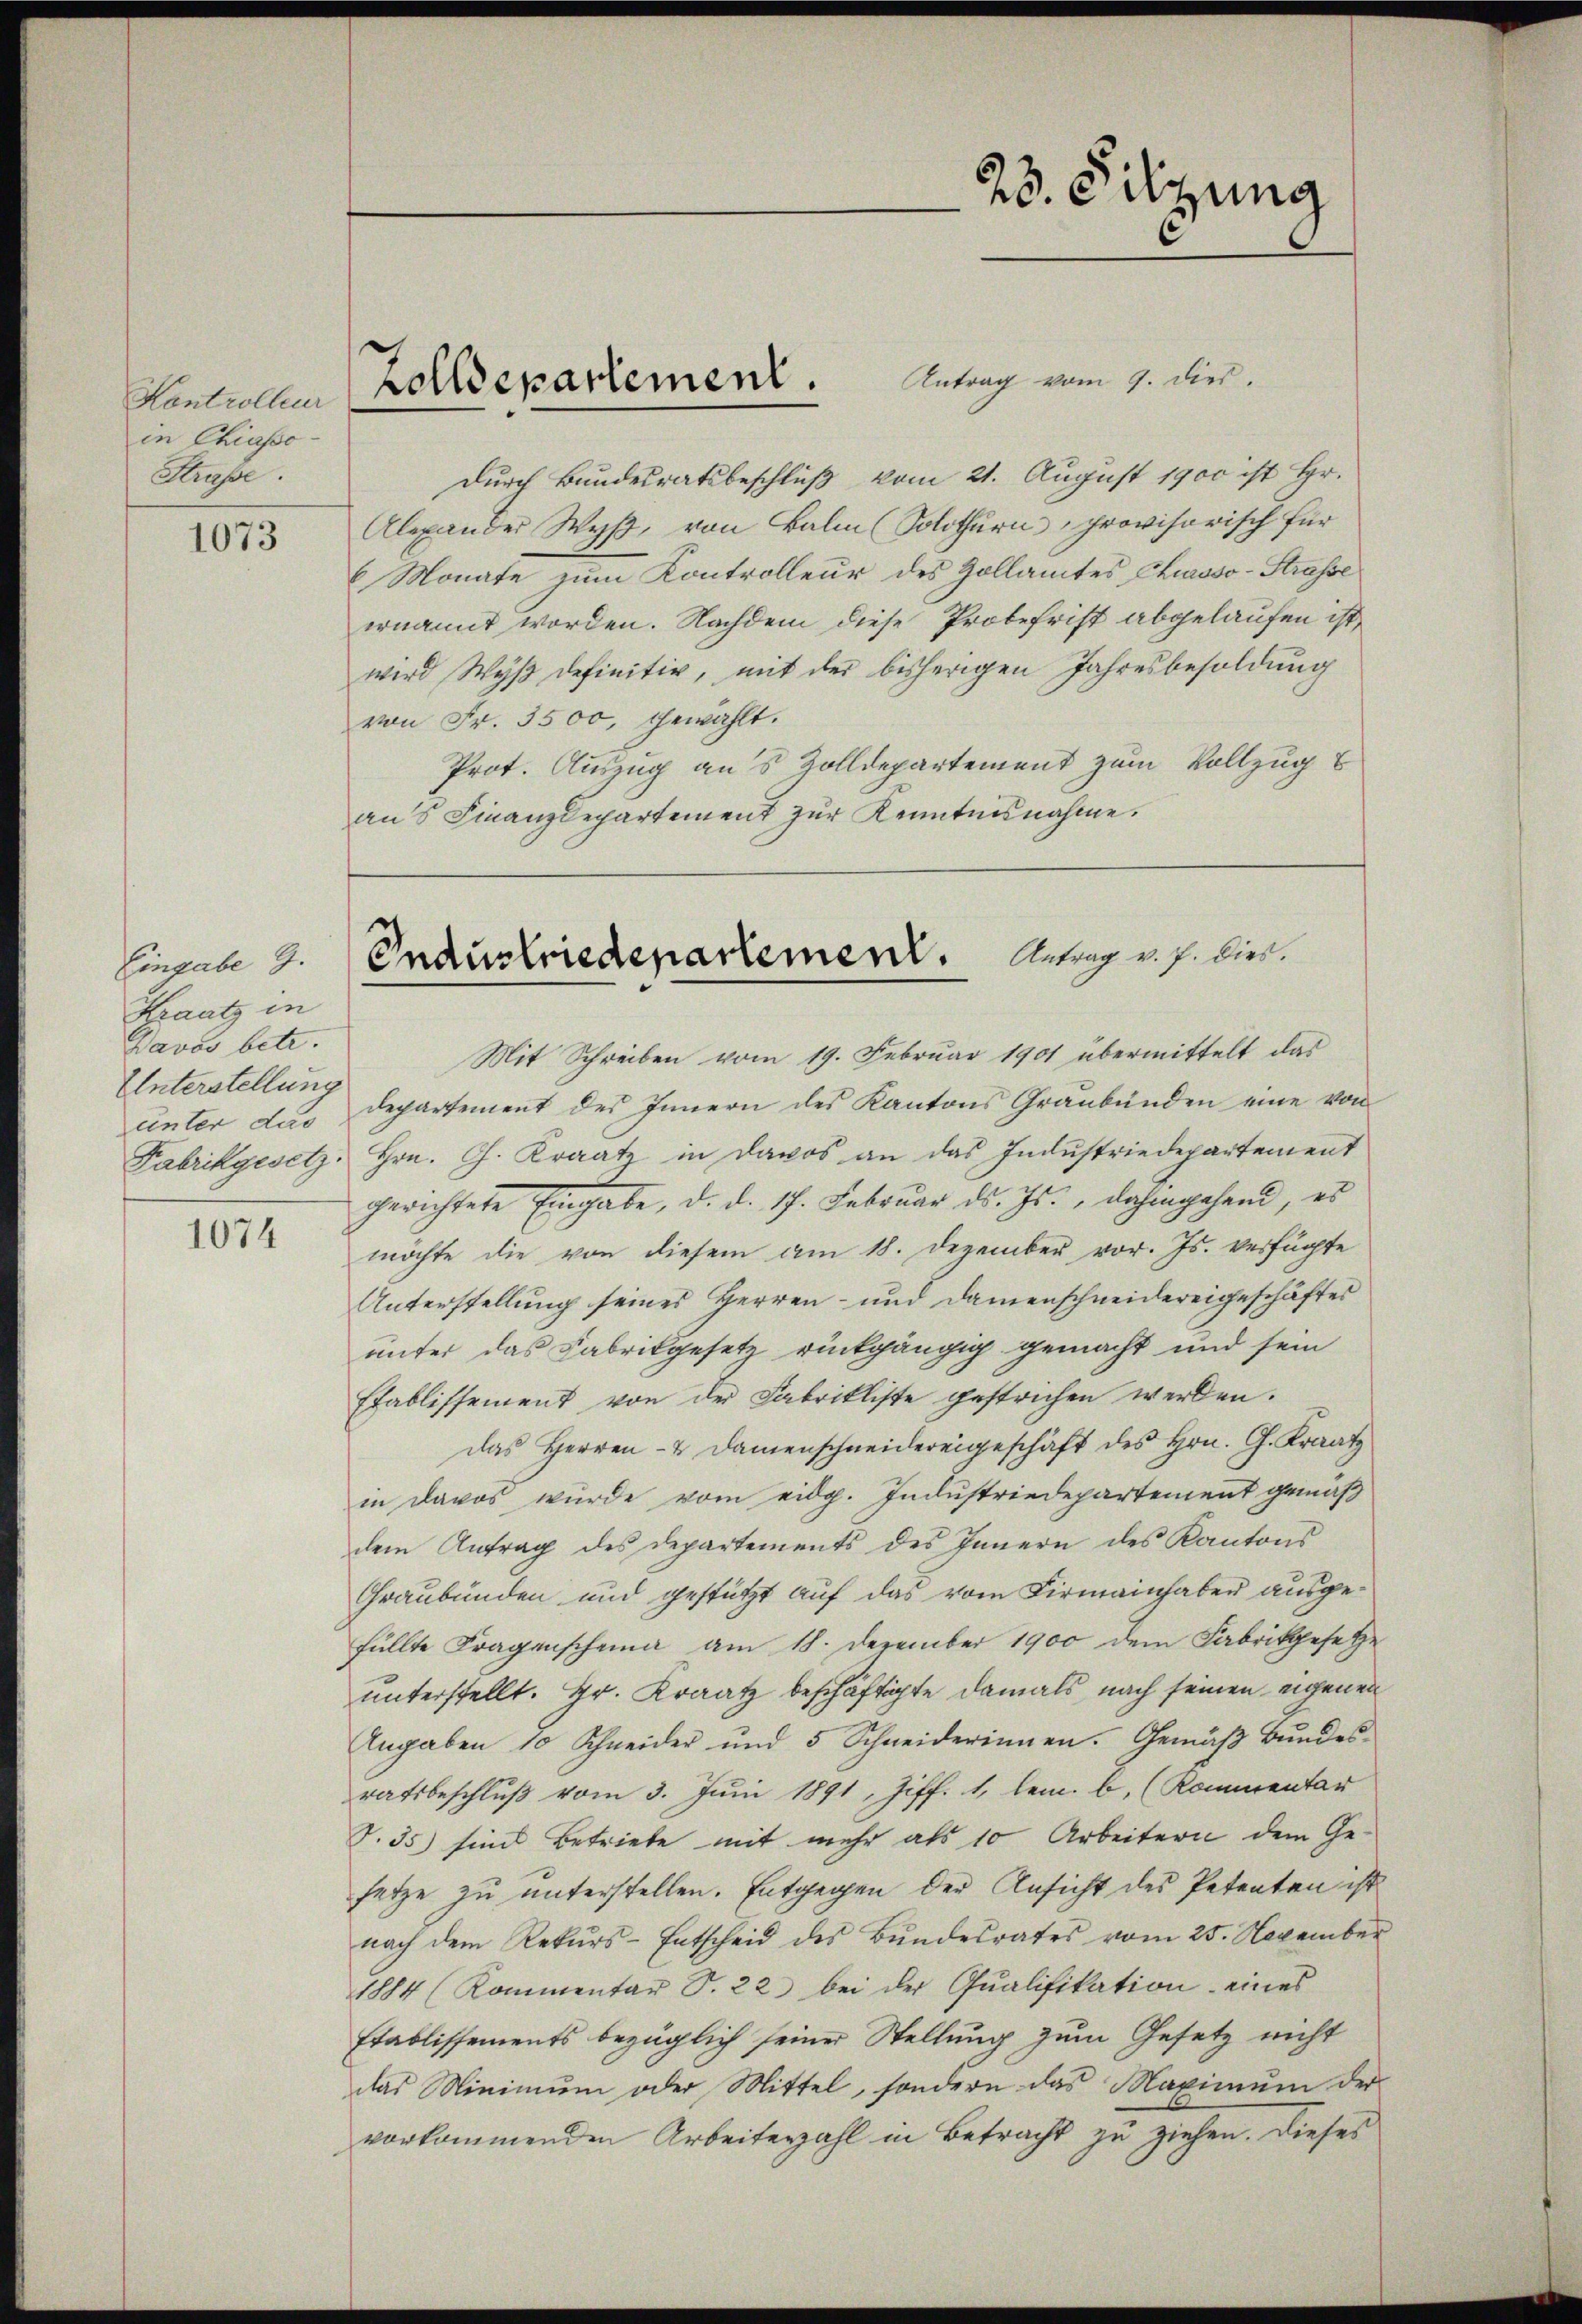
Kontrolleur
in Chiasso
Straße.

1073

Eingabe G.
Kraatz in
Davos betr.
Unterstellung
unter das

1074

durch Bundesratsbeschluß vom 21. August 1900 ist Hr.
Alexander Wyß, von Balm (Solothurn, provisorisch für
6 Monate zum Kontrolleur des Zollamtes Chusso-Strasse
ernannt worden. Nachdem diese Probefrist abgelaufen ist,
wird Wyß definitiv, mit der bisherigen Jahresbesoldung
von Fr. 3500, gewählt.
Prot. Auszug aus Zolldepartement zum Vollzug
ans Finanzdepartement zur Kenntnisnahme.

Zolldepartement. Antrag vom 1. dies.

Mit Schreiben vom 19. Februar 1901 übermittelt das
departement des Innern des Kantons Graubünden eine von
Fabrikgesetz, Hrn. Ch. Kraatz in Davos an das Industriedepartement
gerichtete Eingabe, d. d. 17. Februar d. Js., dahingehend, es
möchte die von diesem am 18. Dezember vor. Js. verfügte
Unterstellung seines Herren- und Damenschneidereigeschäftes
unter das Fabrikgesetz rückgängig gemacht und sein
Etablissement von der Fabrikliste gestrichen werden.
Das Herren- & Damenschneidereigeschäft des Hrn. G. Kraatz
in Davos wurde vom eidg. Industriedepartement gemäß
dem Antrag des Departements des Innern des Kantons
Graubünden und gestützt auf das vom Firmainhaber ausgefüllte Fragenscheina am 18. Dezember 1900 dem Fabrikgesetze
unterstellt. Hr. Kraatz beschäftigte damals nach seinen eigenen
Angaben 10 Schneider und 5 Schneiderinnen. Gemäβ Bŭndes-
ratsbeschlŭβ vom 3. Jŭni 1891, Ziff. 1, lem. b. (Rommentar
T.35) sind Betriebe mit mehr als 10 Arbeitern dem Gesetze zu unterstellen. Entgegen der Ansicht des Petenten ist
nach dem Rekurs-Entscheid des Bundesrates vom 25. November
1884 (Kommentar S. 22 bei der Qualifikation eines
Etablissements bezüglich seiner Stellung zum Gesetz nicht
das Minimum oder Mittel, sondern das Maximŭm der
vorkommenden Arbeiterzahl in Betracht zu ziehen. Dieses

23. Sitzung

Gnaustriedepartement. Antrag v. J. bien